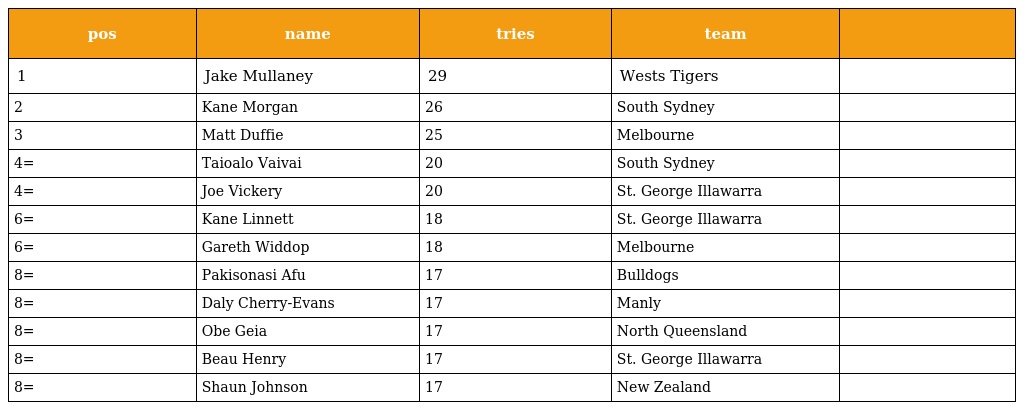
| pos | name | tries | team |  |
 | --- | --- | --- | --- | --- |
 | 1 | Jake Mullaney | 29 | Wests Tigers |  |
 | 2 | Kane Morgan | 26 | South Sydney |  |
 | 3 | Matt Duffie | 25 | Melbourne |  |
 | 4= | Taioalo Vaivai | 20 | South Sydney |  |
 | 4= | Joe Vickery | 20 | St. George Illawarra |  |
 | 6= | Kane Linnett | 18 | St. George Illawarra |  |
 | 6= | Gareth Widdop | 18 | Melbourne |  |
 | 8= | Pakisonasi Afu | 17 | Bulldogs |  |
 | 8= | Daly Cherry-Evans | 17 | Manly |  |
 | 8= | Obe Geia | 17 | North Queensland |  |
 | 8= | Beau Henry | 17 | St. George Illawarra |  |
 | 8= | Shaun Johnson | 17 | New Zealand |  |